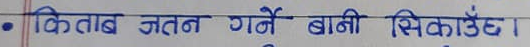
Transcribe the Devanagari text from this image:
किताब जतन गर्ने बानी सिकाउँदा।